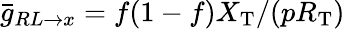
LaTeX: \bar{g}_{RL\to x}=f(1-f)X_{\mathrm{T}}/(pR_{\mathrm{T}})